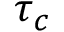
\tau _ { c }